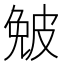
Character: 𤿯